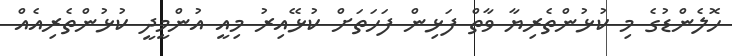
ހޮލެންޑުގެ މި ކުޅުންތެރިޔާ ވާތް ފަޅިން ފަހަތަށް ކުޅޭއިރު މިއީ އުންމީދީ ކުޅުންތެރިއެއް